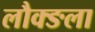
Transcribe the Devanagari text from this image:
लौक्ङला